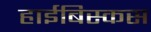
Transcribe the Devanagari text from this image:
हाईबिस्कस